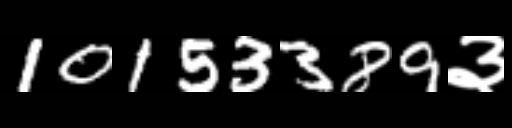
Text: 10153389३